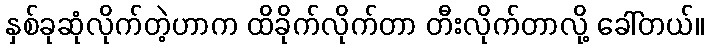
နှစ်ခုဆုံလိုက်တဲ့ဟာက ထိခိုက်လိုက်တာ တီးလိုက်တာလို့ ခေါ်တယ်။